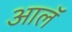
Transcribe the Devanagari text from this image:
आलॅ